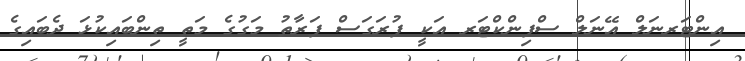
އިންޓަރނަލް އޭނަލް ސްފިންކްޓަރ އަކީ ފުރަގަސް ފަރާތު މަގުގެ މަތީ ތިންބައިކުޅަ ދެބައިގެ